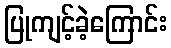
ပြုကျင့်ခဲ့ကြောင်း